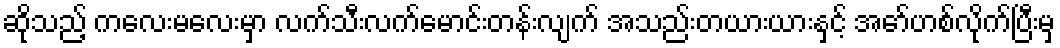
ဆိုသည့် ကလေးမလေးမှာ လက်သီးလက်မောင်းတန်းလျက် အသည်းတယားယားနှင့် အော်ဟစ်လိုက်ပြီးမှ